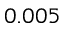
0 . 0 0 5